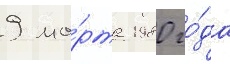
9 ма́рта 1980 го́да